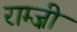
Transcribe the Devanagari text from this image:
राम्ज़ी